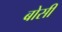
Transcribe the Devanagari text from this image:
बोसी